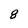
Character: 8